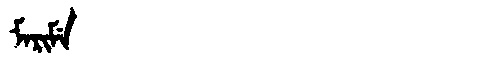
Manchu: ᠮᠠᡵᡳᠮᡝ
Romanization: MARIME